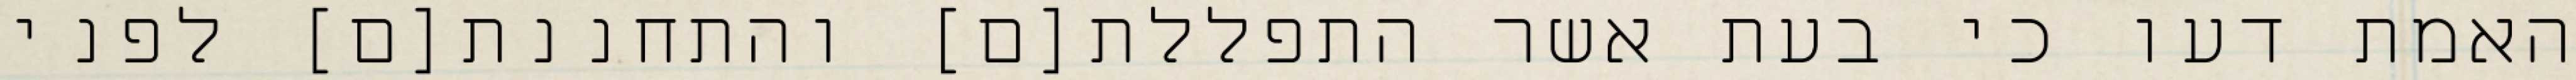
האמת דעו כי בעת אשר התפללת[ם] והתחננת[ם] לפני